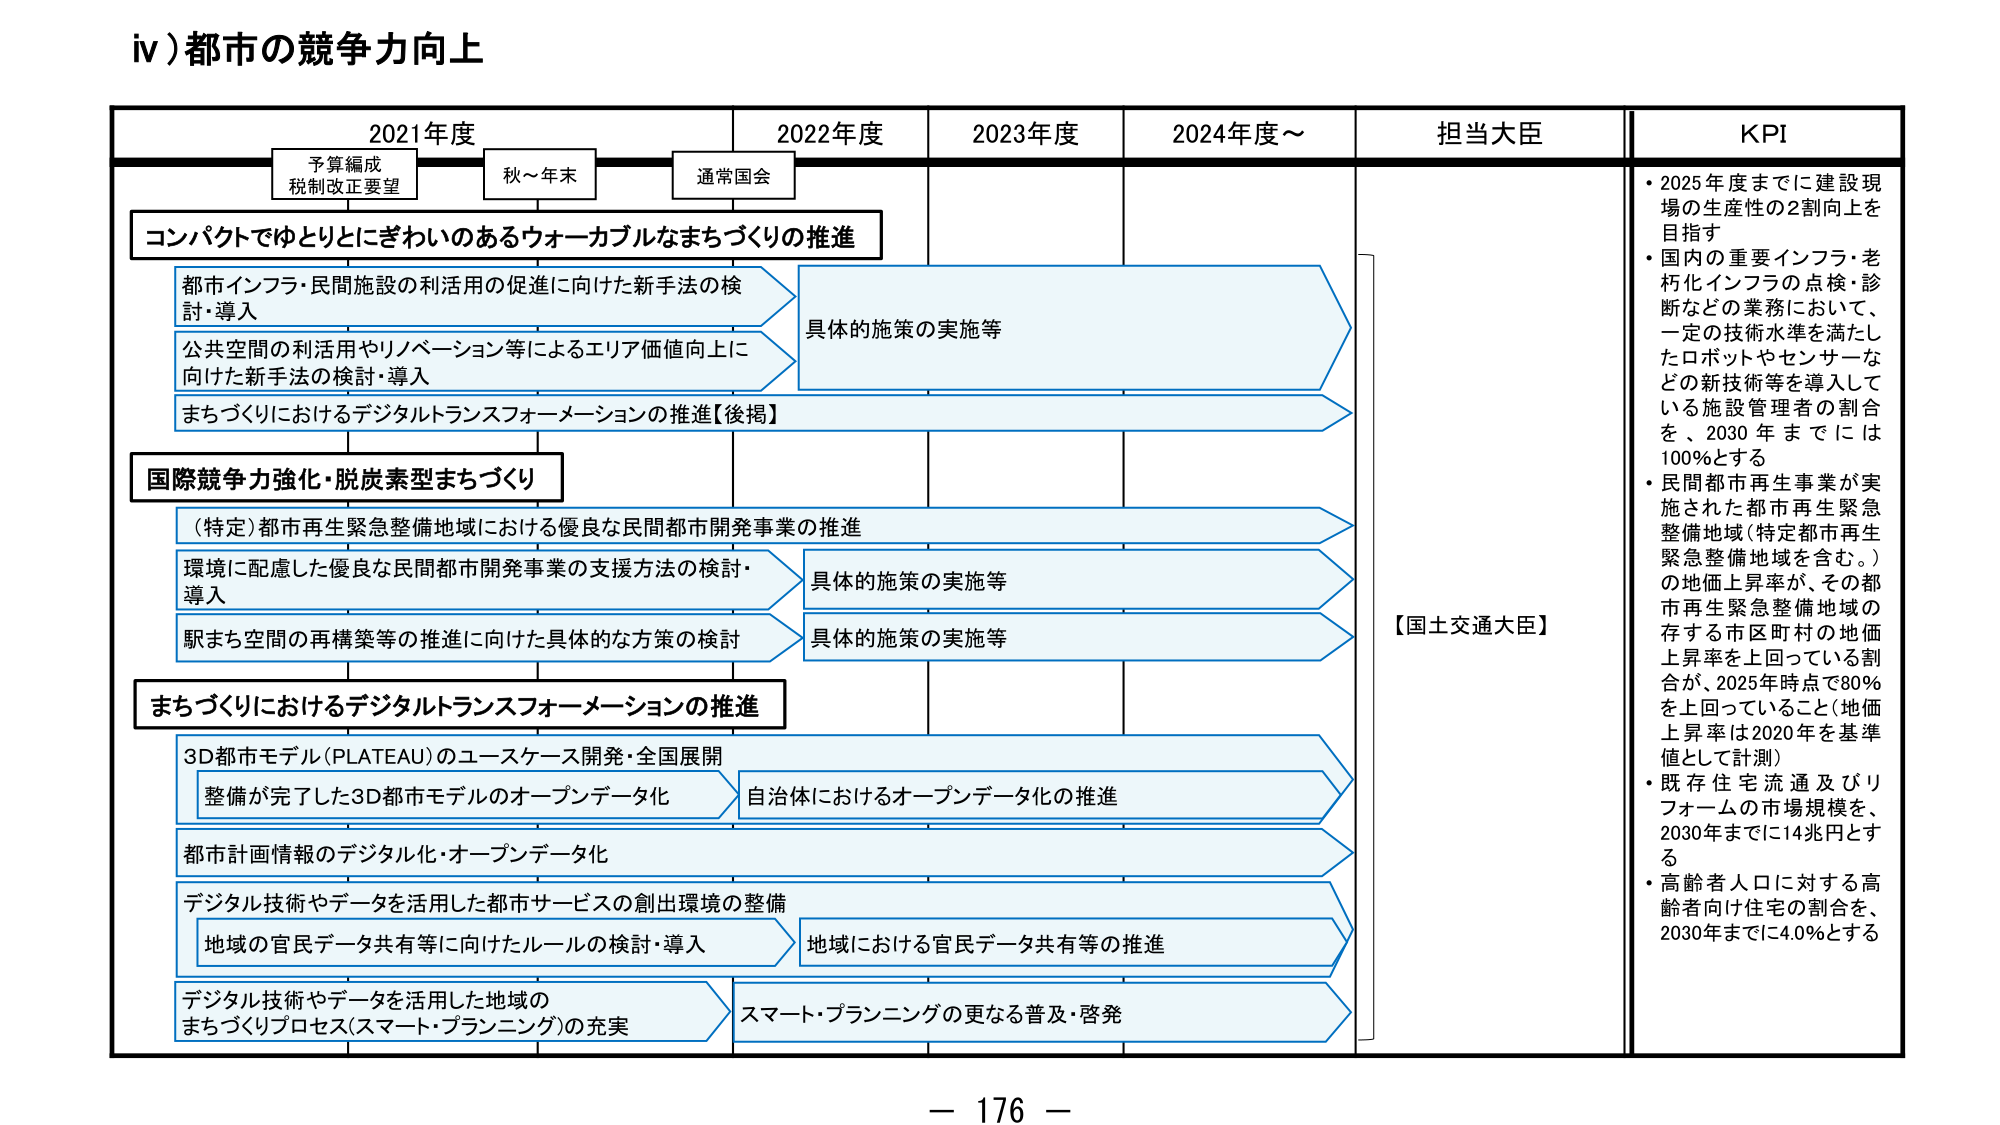
iv) 都市の競争力向上

2021年度　　　　　　　2022年度　　　　　2023年度　　　　　2024年度～　　　担当大臣　　　　　KPI

予算編成
税制改正要望　　　　　秋～年末　　　　　通常国会

コンパクトでゆとりとにぎわいのあるウォーカブルなまちづくりの推進

都市インフラ・民間施設の利活用の促進に向けた新手法の検討・導入
公共空間の利活用やリノベーション等によるエリア価値向上に向けた新手法の検討・導入
まちづくりにおけるデジタルトランスフォーメーションの推進【後掲】

具体的施策の実施等

国際競争力強化・脱炭素型まちづくり

（特定）都市再生緊急整備地域における優良な民間都市開発事業の推進
環境に配慮した優良な民間都市開発事業の支援方法の検討・導入
駅まち空間の再構築等の推進に向けた具体的な方策の検討

具体的施策の実施等
具体的施策の実施等

まちづくりにおけるデジタルトランスフォーメーションの推進

3D都市モデル(PLATEAU)のユースケース開発・全国展開
整備が完了した3D都市モデルのオープンデータ化
自治体におけるオープンデータ化の推進

都市計画情報のデジタル化・オープンデータ化

デジタル技術やデータを活用した都市サービスの創出環境の整備
地域の官民データ共有等に向けたルールの検討・導入
地域における官民データ共有等の推進

デジタル技術やデータを活用した地域のまちづくりプロセス（スマート・プランニング）の充実
スマート・プランニングの更なる普及・啓発

【国土交通大臣】

・2025年度までに建設現場の生産性の2割向上を目指す
・国内の重要インフラ・老朽化インフラの点検・診断などの業務において、一定の技術水準を満たしたロボットやセンサーなどの新技術等を導入している施設管理者の割合を、2030年までには100%とする
・民間都市再生事業が実施された都市再生緊急整備地域（特定都市再生緊急整備地域を含む。）の地価上昇率が、その都市再生緊急整備地域の存する市区町村の地価上昇率を上回っている割合が、2025年時点で80%を上回っていること（地価上昇率は2020年を基準値として計測）
・既存住宅流通及びリフォームの市場規模を、2030年までに14兆円とする
・高齢者人口に対する高齢者向け住宅の割合を、2030年までに4.0%とする

－ 176 －